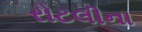
રોટલીના